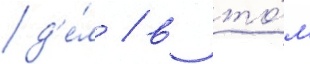
д'е́л / в то́м